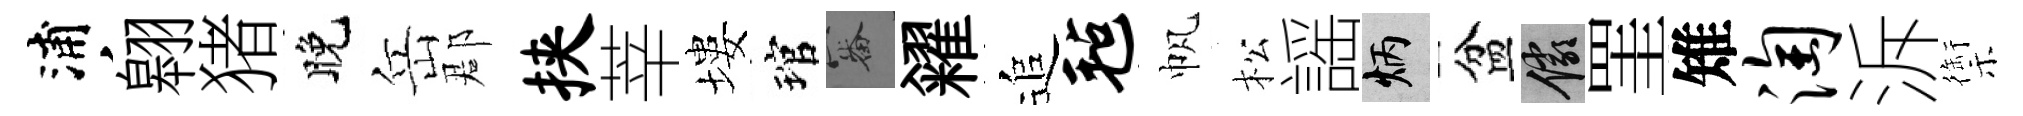
浦翱猪晚岳郡挟莘塿琯審糴追毡帆松謡炳盆儼罣雉淘泝禦